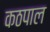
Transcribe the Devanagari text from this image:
कठपाल